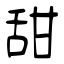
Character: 甜